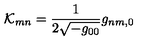
{ \cal K } _ { m n } = \frac { 1 } { 2 \sqrt { - g _ { 0 0 } } } g _ { n m , 0 }